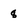
Character: 8